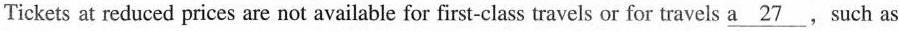
Tickets at reduced prices are not available for first-class travels or for travels \underline{a 27},such as